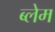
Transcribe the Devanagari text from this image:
ब्लेम